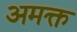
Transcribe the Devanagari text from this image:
अमक्त